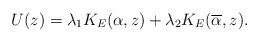
LaTeX: \begin{align*} U(z)= \lambda_{1} K_{E}(\alpha,z) + \lambda_{2}K_{E}(\overline{\alpha},z). \end{align*}